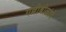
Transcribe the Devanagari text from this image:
गल्लीबोळांचे